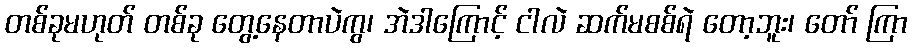
တစ်ခုမဟုတ် တစ်ခု တွေ့နေတာပဲကွ၊ အဲဒါကြောင့် ငါလဲ ဆက်မစစ်ရဲ တော့ဘူး၊ တော် ကြာ